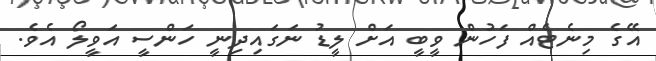
އޭގެ މިނެޓެއް ފަހުން ވީބީ އަށް ލީޑު ނަގައިދިނީ ހަންސީ އަވީލޯ އެވެ.